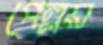
পেল্লয়